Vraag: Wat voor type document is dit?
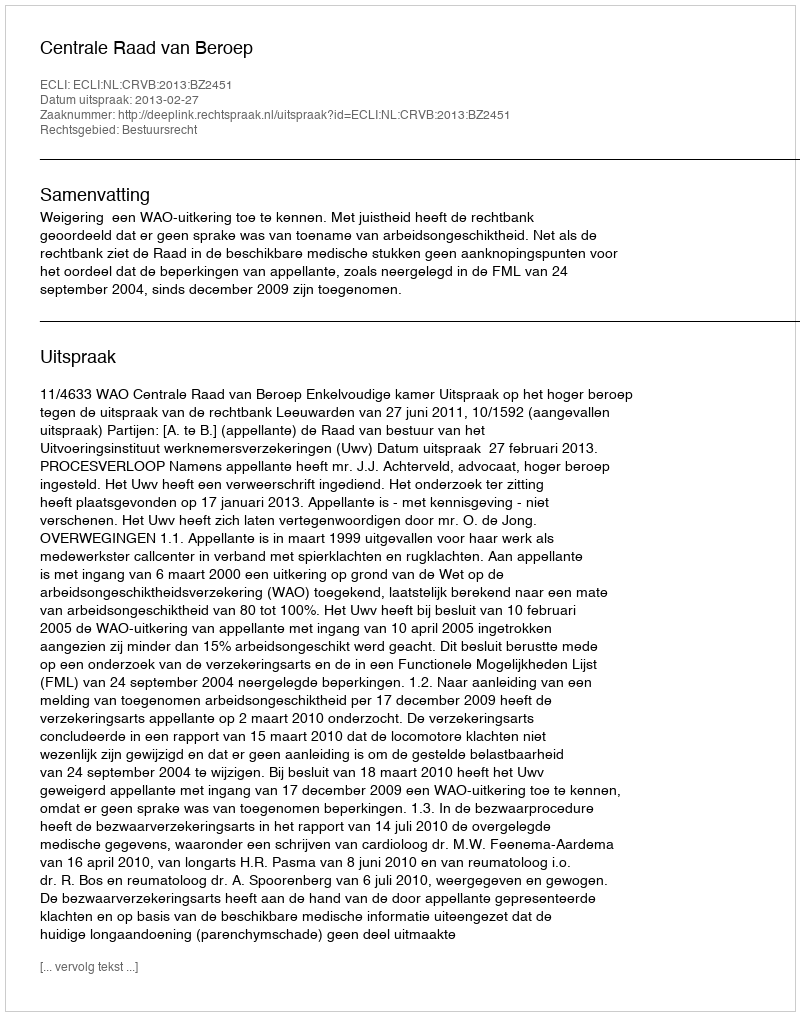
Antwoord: Uitspraak